Report on vaccination proceedings throughout the Government of Bengal -
Year: 1868
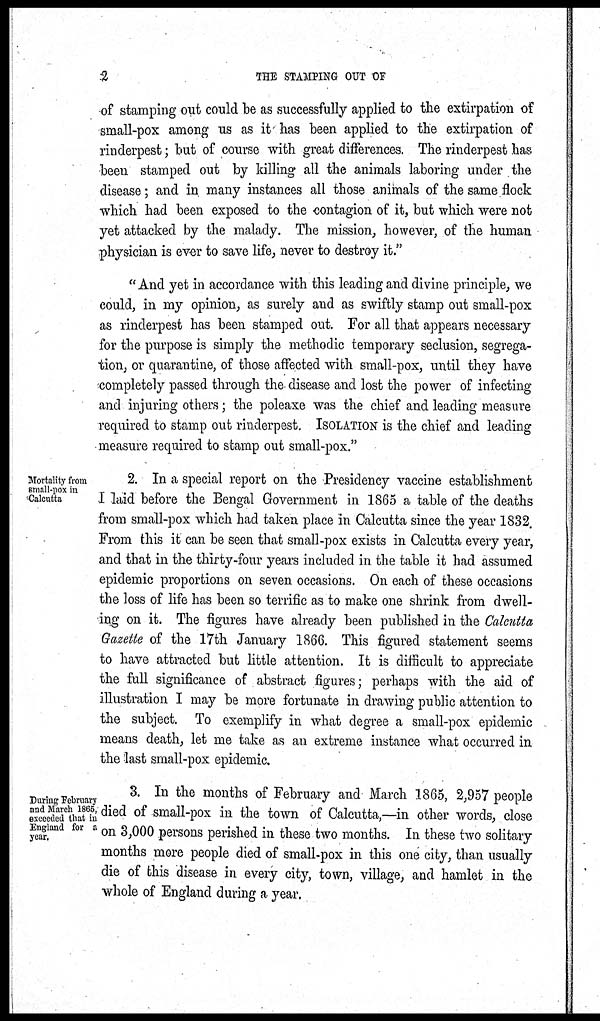
2
THE STAMPING OUT OF
of stamping out could be as successfully applied to the extirpation of
small-pox among us as it has been applied to the extirpation of
rinderpest; but of course with great differences. The rinderpest has
been stamped out by killing all the animals laboring under the
disease; and in many instances all those animals of the same flock
which had been exposed to the contagion of it, but which were not
yet attacked by the malady. The mission, however, of the human
physician is ever to save life, never to destroy it."
"And yet in accordance with this leading and divine principle, we
could, in my opinion, as surely and as swiftly stamp out small-pox
as rinderpest has been stamped out. For all that appears necessary
for the purpose is simply the methodic temporary seclusion, segrega-
tion, or quarantine, of those affected with small-pox, until they have
completely passed through the disease and lost the power of infecting
and injuring others; the poleaxe was the chief and leading measure
required to stamp out rinderpest. ISOLATION is the chief and leading
measure required to stamp out small-pox."
Mortality from
small-pox in
Calcutta
2. In a special report on the Presidency vaccine establishment
I laid before the Bengal Government in 1865 a table of the deaths
from small-pox which had taken place in Calcutta since the year 1832.
From this it can be seen that small-pox exists in Calcutta every year,
and that in the thirty-four years included in the table it had assumed
epidemic proportions on seven occasions. On each of these occasions
the loss of life has been so terrific as to make one shrink from dwell-
ing on it. The figures have already been published in the Calcutta
Gazette of the 17th January 1866. This figured statement seems
to have attracted but little attention. It is difficult to appreciate
the full significance of abstract figures; perhaps with the aid of
illustration I may be more fortunate in drawing public attention to
the subject. To exemplify in what degree a small-pox epidemic
means death, let me take as an extreme instance what occurred in
the last small-pox epidemic.
During February
and March 1865,
exceeded that in
England for a
year.
3. In the months of February and March 1865, 2,957 people
died of small-pox in the town of Calcutta,—in other words, close
on 3,000 persons perished in these two months. In these two solitary
months more people died of small-pox in this one city, than usually
die of this disease in every city, town, village, and hamlet in the
whole of England during a year.